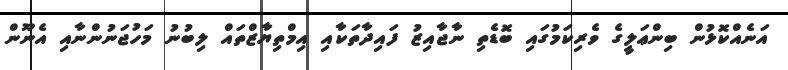
އަނެއްކޮޅުން ބިންޢަލީގެ ވެރިކަމުގައި ބޮޑެތި ނާޖާއިޒު ފައިދާތަކާއި އިމްތިޔާޒްތައް ލިބުނު މަހުޖަނުންނާއި އެނޫން